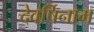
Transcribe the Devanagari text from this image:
देवर्षिनाम